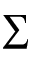
\sum